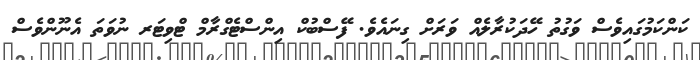
ކަންކަމުގައިވެސް ވަގުތު ހޭދަކުރާލެއް ވަރަށް ގިނައެވެ. ފޭސްބުކް އިންސްޓެގްރާމް ޓްވިޓަރ ނުވަތަ އެނޫންވެސް